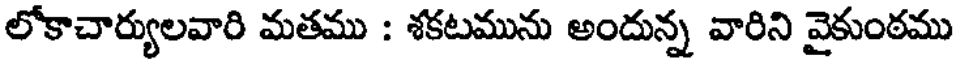
లోకాచార్యులవారి మతము : శకటమును అందున్న వారిని వైకుంఠము